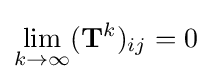
\lim _{k\to \infty }(\mathbf {T} ^{k})_{ij}=0